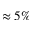
\approx 5 \%